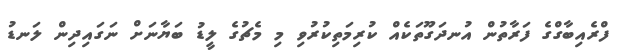
ފްރެއިބާގްގެ ފަރާތުން އުނދަގޫތަކެއް ކުރިމަތިކުރުވި މި މެޗުގެ ލީޑު ބަޔާނަށް ނަގައިދިން ލަނޑު